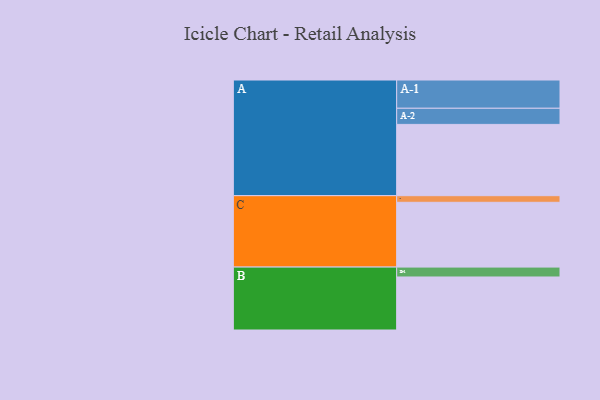
{"axis": {"x": "Segment", "y": "Value"}, "legend": ["", "A", "B", "C"], "data": [{"x": "A", "y": 570, "type": ""}, {"x": "B", "y": 424, "type": ""}, {"x": "C", "y": 518, "type": ""}, {"x": "A-1", "y": 226, "type": "A"}, {"x": "A-2", "y": 129, "type": "A"}, {"x": "B-1", "y": 79, "type": "B"}, {"x": "C-1", "y": 53, "type": "C"}]}